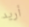
أريد